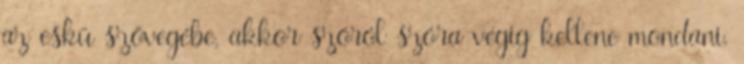
az eskü szövegébe, akkor szóról szóra végig kellene mondani.